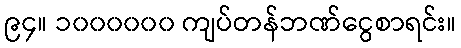
၉၄။ ၁၀၀၀၀၀၀ ကျပ်တန်ဘဏ်ငွေစာရင်း။